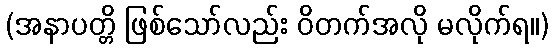
(အနာပတ္တိ ဖြစ်သော်လည်း ဝိတက်အလို မလိုက်ရ။)